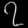
Digit: ၇